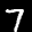
Label: 7